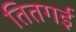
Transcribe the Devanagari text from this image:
तितगई